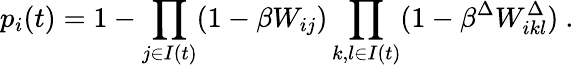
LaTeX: p_{i}(t)=1-\prod_{j\in I(t)}(1-\beta W_{ij})\prod_{k,l\in I(t)}(1-\beta^{\Delta}W_{ikl}^{\Delta})\ .